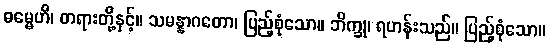
ဓမ္မေဟိ၊ တရားတို့နှင့်။ သမန္နာဂတော၊ ပြည့်စုံသော။ ဘိက္ခု၊ ရဟန်းသည်။ ပြည့်စုံသော။